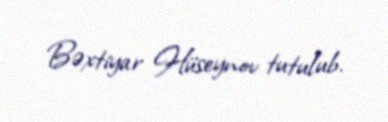
Bəxtiyar Hüseynov tutulub.